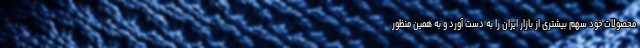
محصولات خود سهم بیشتری از بازار ایران را به دست آورد و به همین منظور